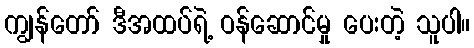
ကျွန်တော် ဒီအထပ်ရဲ့ ဝန်ဆောင်မှု ပေးတဲ့ သူပါ။